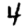
Digit: 4